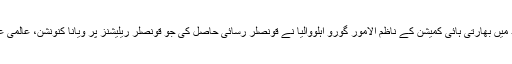
ترجمان دفتر خارجہ نے بتایا تھا کہ 'کلبھوشن یادیو سے اسلام آباد میں بھارتی ہائی کمیشن کے ناظم الامور گورو اہلووالیا نے قونصلر رسائی حاصل کی جو قونصلر ریلیشنز پر ویانا کنونشن، عالمی عدالت انصاف کے فیصلے اور پاکستانی قوانین کے تحت دی گئی’۔